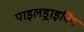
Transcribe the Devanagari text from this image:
पाइलड्राइविंग